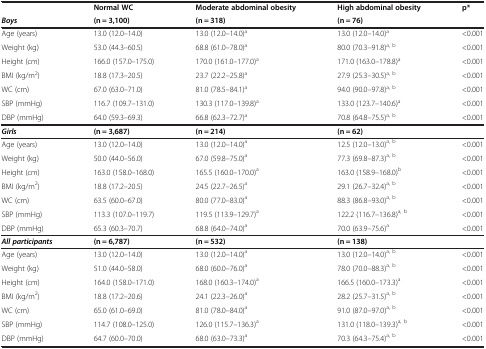
<table><thead><tr><td></td><td><b>Normal WC</b></td><td><b>Moderate abdominal obesity</b></td><td><b>High abdominal obesity</b></td><td><b>p*</b></td></tr><tr><td><b><i>Boys</i></b></td><td><b>(n = 3,100)</b></td><td><b>(n = 318)</b></td><td><b>(n = 76)</b></td><td></td></tr></thead><tbody><tr><td>Age (years)</td><td>13.0 (12.0–14.0)</td><td>13.0 (12.0–14.0)<sup>a</sup></td><td>13.0 (12.0–14.0)<sup>a</sup></td><td>&lt;0.001</td></tr><tr><td>Weight (kg)</td><td>53.0 (44.3–60.5)</td><td>68.8 (61.0–78.0)<sup>a</sup></td><td>80.0 (70.3–91.8)<sup>a, b</sup></td><td>&lt;0.001</td></tr><tr><td>Height (cm)</td><td>166.0 (157.0–175.0)</td><td>170.0 (161.0–177.0)<sup>a</sup></td><td>171.0 (163.0–178.8)<sup>a</sup></td><td>&lt;0.001</td></tr><tr><td>BMI (kg/m<sup>2</sup>)</td><td>18.8 (17.3–20.5)</td><td>23.7 (22.2–25.8)<sup>a</sup></td><td>27.9 (25.3–30.5)<sup>a, b</sup></td><td>&lt;0.001</td></tr><tr><td>WC (cm)</td><td>67.0 (63.0–71.0)</td><td>81.0 (78.5–84.1)<sup>a</sup></td><td>94.0 (90.0–97.8)<sup>a, b</sup></td><td>&lt;0.001</td></tr><tr><td>SBP (mmHg)</td><td>116.7 (109.7–131.0)</td><td>130.3 (117.0–139.8)<sup>a</sup></td><td>133.0 (123.7–140.6)<sup>a</sup></td><td>&lt;0.001</td></tr><tr><td>DBP (mmHg)</td><td>64.0 (59.3–69.3)</td><td>66.8 (62.3–72.7)<sup>a</sup></td><td>70.8 (64.8–75.5)<sup>a, b</sup></td><td>&lt;0.001</td></tr><tr><td><b><i>Girls</i></b></td><td><b>(n = 3,687)</b></td><td><b>(n = 214)</b></td><td><b>(n = 62)</b></td><td></td></tr><tr><td>Age (years)</td><td>13.0 (12.0–14.0)</td><td>13.0 (12.0–14.0)<sup>a</sup></td><td>12.5 (12.0–13.0)<sup>a, b</sup></td><td>&lt;0.001</td></tr><tr><td>Weight (kg)</td><td>50.0 (44.0–56.0)</td><td>67.0 (59.8–75.0)<sup>a</sup></td><td>77.3 (69.8–87.3)<sup>a, b</sup></td><td>&lt;0.001</td></tr><tr><td>Height (cm)</td><td>163.0 (158.0–168.0)</td><td>165.5 (160.0–170.0)<sup>a</sup></td><td>163.0 (158.9–168.0)<sup>b</sup></td><td>&lt;0.001</td></tr><tr><td>BMI (kg/m<sup>2</sup>)</td><td>18.8 (17.2–20.5)</td><td>24.5 (22.7–26.5)<sup>a</sup></td><td>29.1 (26.7–32.4)<sup>a, b</sup></td><td>&lt;0.001</td></tr><tr><td>WC (cm)</td><td>63.5 (60.0–67.0)</td><td>80.0 (77.0–83.0)<sup>a</sup></td><td>88.3 (86.8–93.0)<sup>a, b</sup></td><td>&lt;0.001</td></tr><tr><td>SBP (mmHg)</td><td>113.3 (107.0–119.7)</td><td>119.5 (113.9–129.7)<sup>a</sup></td><td>122.2 (116.7–136.8)<sup>a, b</sup></td><td>&lt;0.001</td></tr><tr><td>DBP (mmHg)</td><td>65.3 (60.3–70.7)</td><td>68.8 (64.0–74.0)<sup>a</sup></td><td>70.0 (63.9–75.6)<sup>a</sup></td><td>&lt;0.001</td></tr><tr><td><b><i>All participants</i></b></td><td><b>(n = 6,787)</b></td><td><b>(n = 532)</b></td><td><b>(n = 138)</b></td><td></td></tr><tr><td>Age (years)</td><td>13.0 (12.0–14.0)</td><td>13.0 (12.0–14.0)<sup>a</sup></td><td>13.0 (12.0–14.0)<sup>a, b</sup></td><td>&lt;0.001</td></tr><tr><td>Weight (kg)</td><td>51.0 (44.0–58.0)</td><td>68.0 (60.0–76.0)<sup>a</sup></td><td>78.0 (70.0–88.3)<sup>a, b</sup></td><td>&lt;0.001</td></tr><tr><td>Height (cm)</td><td>164.0 (158.0–171.0)</td><td>168.0 (160.3–174.0)<sup>a</sup></td><td>166.5 (160.0–173.3)<sup>a</sup></td><td>&lt;0.001</td></tr><tr><td>BMI (kg/m<sup>2</sup>)</td><td>18.8 (17.2–20.6)</td><td>24.1 (22.3–26.0)<sup>a</sup></td><td>28.2 (25.7–31.5)<sup>a, b</sup></td><td>&lt;0.001</td></tr><tr><td>WC (cm)</td><td>65.0 (61.0–69.0)</td><td>81.0 (78.0–84.0)<sup>a</sup></td><td>91.0 (87.0–97.0)<sup>a, b</sup></td><td>&lt;0.001</td></tr><tr><td>SBP (mmHg)</td><td>114.7 (108.0–125.0)</td><td>126.0 (115.7–136.3)<sup>a</sup></td><td>131.0 (118.0–139.3)<sup>a, b</sup></td><td>&lt;0.001</td></tr><tr><td>DBP (mmHg)</td><td>64.7 (60.0–70.0)</td><td>68.0 (63.0–73.3)<sup>a</sup></td><td>70.3 (64.3–75.4)<sup>a, b</sup></td><td>&lt;0.001</td></tr></tbody></table>